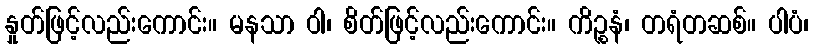
နှုတ်ဖြင့်လည်းကောင်း။ မနသာ ဝါ၊ စိတ်ဖြင့်လည်းကောင်း။ ကိဉ္စနံ၊ တရံတဆစ်။ ပါပံ၊